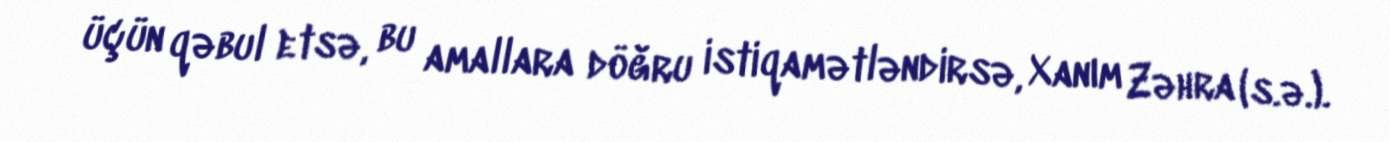
üçün qəbul etsə, bu amallara döğru istiqamətləndirsə, Xanım Zəhra (s.ə.).